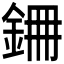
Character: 𮡱